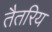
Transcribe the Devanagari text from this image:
तैतरिय